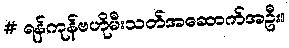
# ရန်ကုန်ဗဟိုမီးသတ်အဆောက်အဦး။